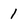
Character: 1